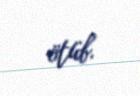
ötüb.